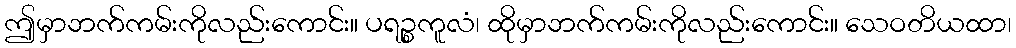
ဤမှာဘက်ကမ်းကိုလည်းကောင်း။ ပရဉ္စကူလံ၊ ထိုမှာဘက်ကမ်းကိုလည်းကောင်း။ သေဝတိယထာ၊